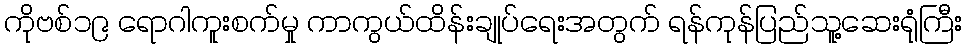
ကိုဗစ်၁၉ ရောဂါကူးစက်မှု ကာကွယ်ထိန်းချုပ်ရေးအတွက် ရန်ကုန်ပြည်သူ့ဆေးရုံကြီး